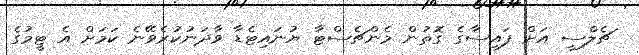
ޗެލްސީ އަށް ފައިސާގެ ގޮތުން މެންޗެސްޓާ ޔުނައިޓެޑާ ވާދަނުކުރެވޭނެ ކަމަށް އެ ޓީމުގެ